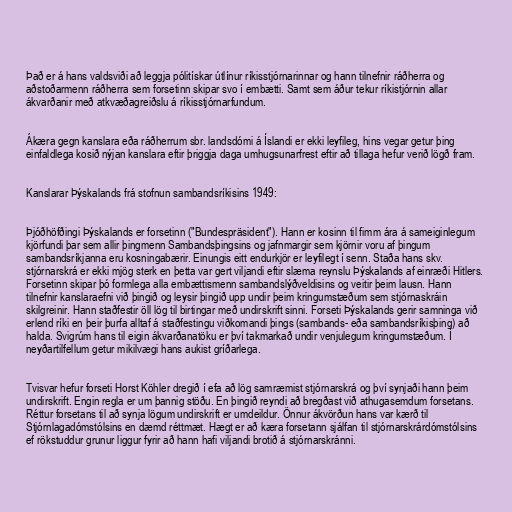
Það er á hans valdsviði að leggja pólitískar útlínur ríkisstjórnarinnar og hann tilnefnir ráðherra og
aðstoðarmenn ráðherra sem forsetinn skipar svo í embætti. Samt sem áður tekur ríkistjórnin allar
ákvarðanir með atkvæðagreiðslu á ríkisstjórnarfundum.

Ákæra gegn kanslara eða ráðherrum sbr. landsdómi á Íslandi er ekki leyfileg, hins vegar getur þing
einfaldlega kosið nýjan kanslara eftir þriggja daga umhugsunarfrest eftir að tillaga hefur verið lögð fram.

Kanslarar Þýskalands frá stofnun sambandsríkisins 1949:

Þjóðhöfðingi Þýskalands er forsetinn ("Bundespräsident"). Hann er kosinn til fimm ára á sameiginlegum
kjörfundi þar sem allir þingmenn Sambandsþingsins og jafnmargir sem kjörnir voru af þingum
sambandsríkjanna eru kosningabærir. Einungis eitt endurkjör er leyfilegt í senn. Staða hans skv.
stjórnarskrá er ekki mjög sterk en þetta var gert viljandi eftir slæma reynslu Þýskalands af einræði Hitlers.
Forsetinn skipar þó formlega alla embættismenn sambandslýðveldisins og veitir þeim lausn. Hann
tilnefnir kanslaraefni við þingið og leysir þingið upp undir þeim kringumstæðum sem stjórnaskráin
skilgreinir. Hann staðfestir öll lög til birtingar með undirskrift sinni. Forseti Þýskalands gerir samninga við
erlend ríki en þeir þurfa alltaf á staðfestingu viðkomandi þings (sambands- eða sambandsríkisþing) að
halda. Svigrúm hans til eigin ákvarðanatöku er því takmarkað undir venjulegum kringumstæðum. Í
neyðartilfellum getur mikilvægi hans aukist gríðarlega.

Tvisvar hefur forseti Horst Köhler dregið í efa að lög samræmist stjórnarskrá og því synjaði hann þeim
undirskrift. Engin regla er um þannig stöðu. En þingið reyndi að bregðast við athugasemdum forsetans.
Réttur forsetans til að synja lögum undirskrift er umdeildur. Önnur ákvörðun hans var kærð til
Stjórnlagadómstólsins en dæmd réttmæt. Hægt er að kæra forsetann sjálfan til stjórnarskrárdómstólsins
ef rökstuddur grunur liggur fyrir að hann hafi viljandi brotið á stjórnarskránni.